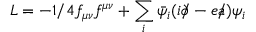
L = - 1 / 4 f _ { \mu \nu } f ^ { \mu \nu } + \sum _ { i } \bar { \psi _ { i } } ( i \partial \! \! \! / - e a \! \! \! / ) \psi _ { i }